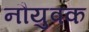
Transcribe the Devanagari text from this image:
नौयुवक